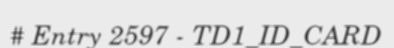
# Entry 2597 - TD1_ID_CARD